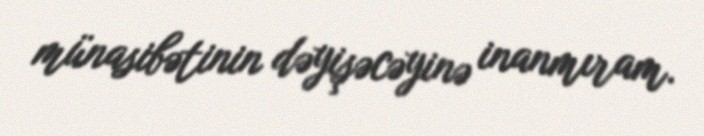
münasibətinin dəyişəcəyinə inanmıram.